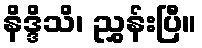
နိဒ္ဒိသိ၊ ညွှန်းပြီ။